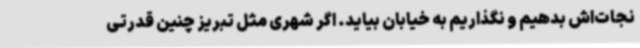
نجات‌اش بدهیم و نگذاریم به خیابان بیاید. اگر شهری مثل تبریز چنین قدرتی